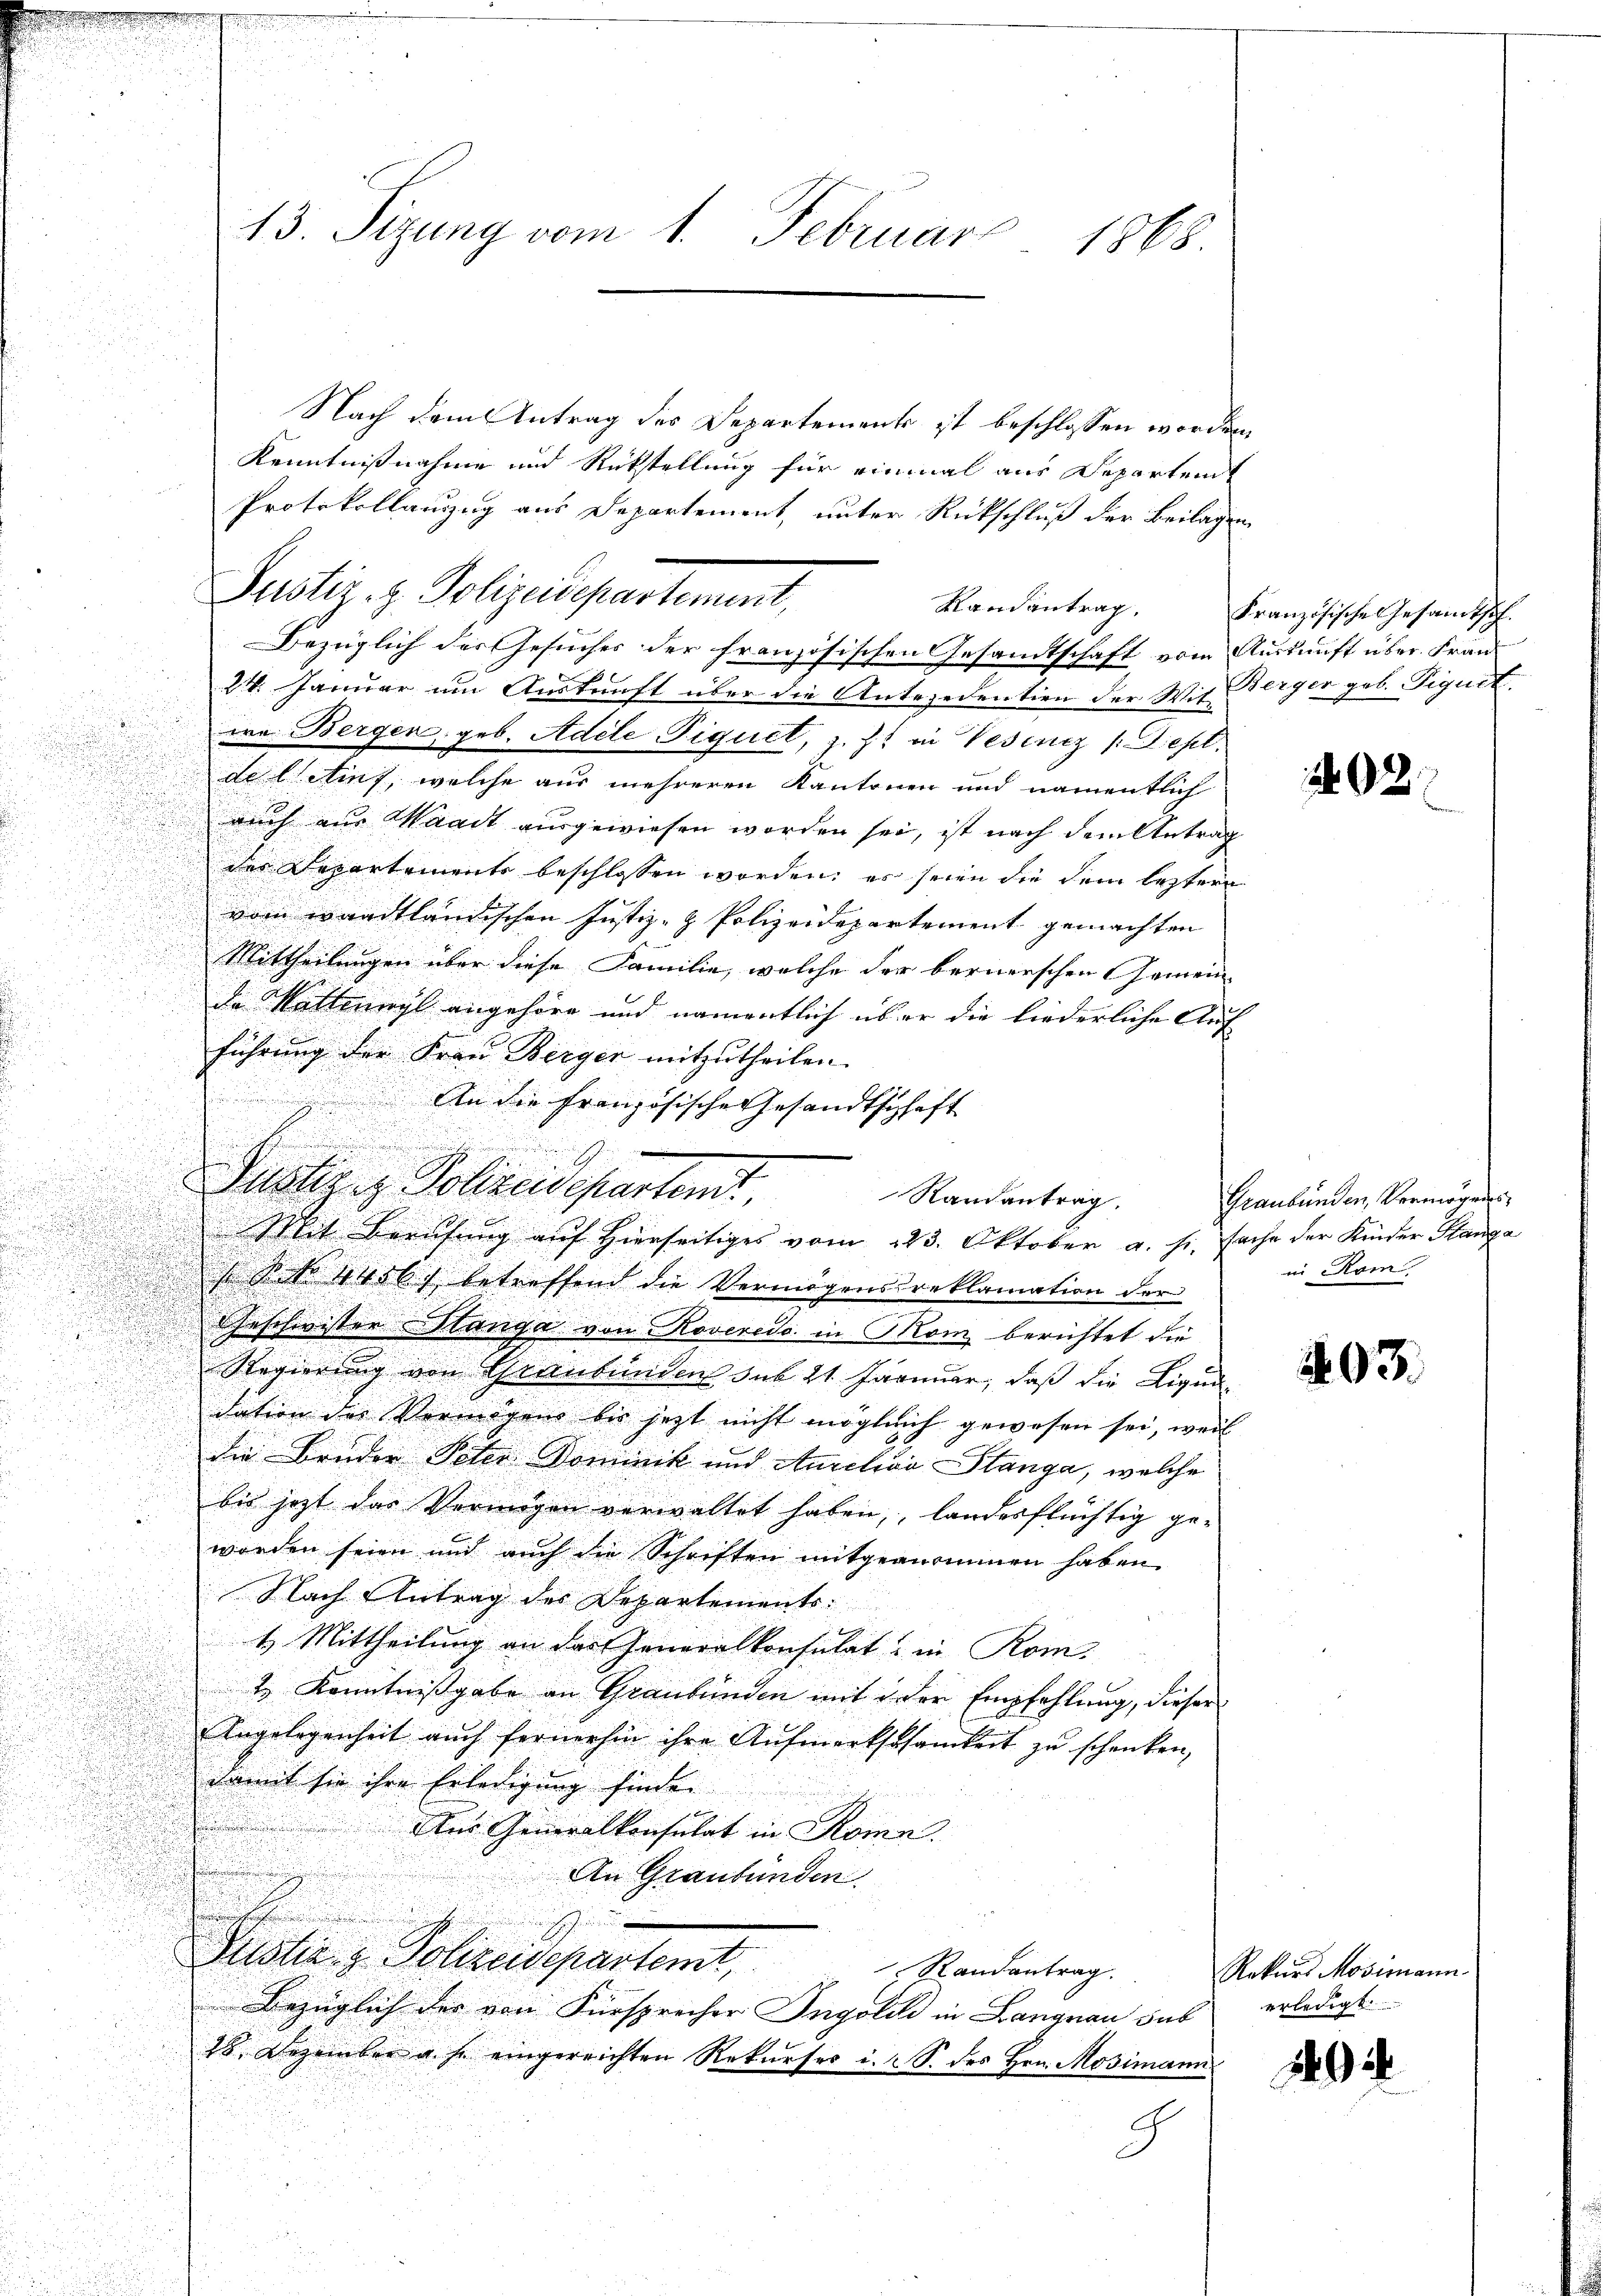
Nach dem Antrag des Departements ist beschlossen worden
Kenntnißnahme und Rückstellung für einmal aus Departen
Protokollanzug aus Departement, unter Rückschluß der Beilage
Randantrag.
Bezüglich des Gesuches der französischen Gesandtschaft vom Auskunft über. Fran¬
21. Januar um Auskunft über die Antecedention der Wit-
wa Bergen, geb. Adele Piquet, z. Z. in Vesiniz /: Sept.
de letief, welche aus mehreren Kantonen und namentlich
auch aus Waadt ausgewiesen worden sei, ist nach dem Antrag
des Departements beschlossen worden; es seien die dem leztere
vom waadtländischen Justiz- & Polizeidepartement gemachten
i
Mittheilungen über diese Familie, welche der bernerschen Gemein-

da Kattengl angehöre und namentlich über die liederliche Auf
führung der Frau Berger mitzutheilen.
An die Französische Gesandtschaft
 P. Nr. 4456) betreffend die Vermögensdreklamation der
Geschwister Stanga von Roveredo in Mon berichtet die
Regierung von Graubünden sub 21. Januar, daß die Liqui
dation des Vermögens bis jetzt nicht mögleich gewesen sei, weil
die Brüder Peter Dominik und Andelion Stanga, welche
bis jetzt das Vermögen verwaltet haben, landesflüchtig ge-
worden seien und auch die Schriften mitgenommen haben.
Nach Antrag des Departements:
t. Mittheilung an der Generalkonsulat in Rom.
t Kenntnißgabe an Graubünden mit der Empfehlung, dieser
Angelegenheit aŭch fernerhin ihre Aŭfmerkschsamkeit zŭ schenken,
damit sie ihre Erledigung finde.

Aus Generalkonsulat in Komn.
An Graubünden.
.
Folie z. Polizeidepartamt,
Randantrag.
bezüglich der von Fürsprecher Ingolild in Langnau sub
18. Dezember a. s. eingereichten Rekurses i. S. des Hrn. Mosimann
E
E

13. Seizung vom 1. Februar 1868.

Justiz- & Polizeisepartement,

Justiger Polizeidepartent
Randantrag.
Mit Berufung auf Hierseitiges vom 123. Oktober a. s. fache der Kinder Stanga

Französische Gesandtsch.
Berger geb. Tiguit.

202

Graubünden, Vermögens
in Rom

403.

Rekurs Mosimann.
erledigt.

194